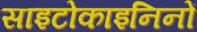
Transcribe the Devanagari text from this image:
साइटोकाइनिनों